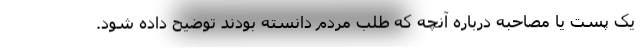
یک پست یا مصاحبه درباره آنچه که طلب مردم دانسته بودند توضیح داده شود.